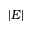
\displaystyle | E |